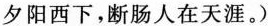
夕阳西下，断肠人在天涯。)